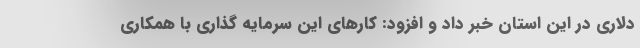
دلاری در این استان خبر داد و افزود: کارهای این سرمایه گذاری با همکاری